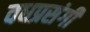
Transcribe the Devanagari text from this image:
वधप्रसंगी